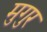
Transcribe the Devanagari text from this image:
मुगुर